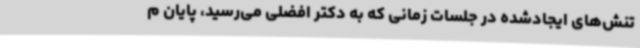
تنش‌های ایجادشده در جلسات زمانی که به دکتر افضلی می‌رسید، پایان م